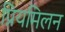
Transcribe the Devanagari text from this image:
प्रियमिलन